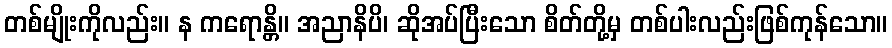
တစ်မျိုးကိုလည်း။ န ကရောန္တိ။ အညာနိပိ၊ ဆိုအပ်ပြီးသော စိတ်တို့မှ တစ်ပါးလည်းဖြစ်ကုန်သော။